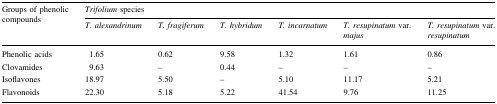
<table><thead><tr><td rowspan="2"><b>Groups of phenolic compounds</b></td><td colspan="6"><b><i>Trifolium</i> species</b></td></tr><tr><td><b><i>T. alexandrinum</i></b></td><td><b><i>T. fragiferum</i></b></td><td><b><i>T. hybridum</i></b></td><td><b><i>T. incarnatum</i></b></td><td><b><i>T. resupinatum</i> var. <i>majus</i></b></td><td><b><i>T. resupinatum</i> var. <i>resupinatum</i></b></td></tr></thead><tbody><tr><td>Phenolic acids</td><td>1.65</td><td>0.62</td><td>9.58</td><td>1.32</td><td>1.61</td><td>0.86</td></tr><tr><td>Clovamides</td><td>9.63</td><td>–</td><td>0.44</td><td>–</td><td>–</td><td>–</td></tr><tr><td>Isoflavones</td><td>18.97</td><td>5.50</td><td>–</td><td>5.10</td><td>11.17</td><td>5.21</td></tr><tr><td>Flavonoids</td><td>22.30</td><td>5.18</td><td>5.22</td><td>41.54</td><td>9.76</td><td>11.25</td></tr></tbody></table>